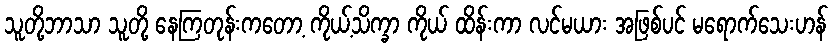
သူတို့ဘာသာ သူတို့ နေကြတုန်းကတော့ ကိုယ့်သိက္ခာ ကိုယ် ထိန်းကာ လင်မယား အဖြစ်ပင် မရောက်သေးဟန်